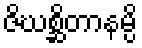
ဇိဃစ္ဆိတာနမ္ပိ